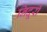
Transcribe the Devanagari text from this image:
निदूरी